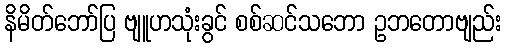
နိမိတ်ဘော်ပြ ဗျူဟသုံးခွင် စစ်ဆင်သဘော ဥဘတောဗျည်း